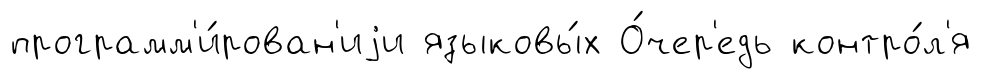
программ'и́рован'иjи языковы́х О́чер'едь контро́л'я